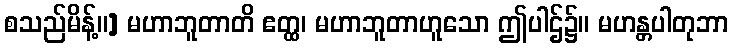
စသည်မိန့်။] မဟာဘူတာတိ ဧတ္ထ၊ မဟာဘူတာဟူသော ဤပါဌ်၌။ မဟန္တပါတုဘာ